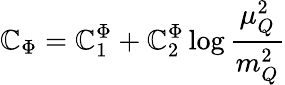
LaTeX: \mathbb{C}_{\Phi}=\mathbb{C}_{1}^{\Phi}+\mathbb{C}_{2}^{\Phi}\log\frac{{\mu_{Q}^{2}}}{{m_{Q}^{2}}}